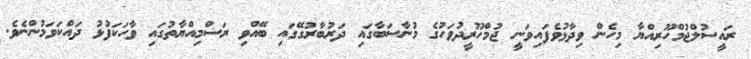
ރައީސުލްޖުމްހޫރިއްޔާ މިހެން ވިދާޅުވެފައިވަނީ ޖުމްހޫރީދުވަހުގެ މުނާސަބާގައި ދަރުބާރުގޭގައި ބޭއްވި ރަސްމިއްޔާތުގައި ވާހަކަފުޅު ދައްކަވަމުންނެވެ.